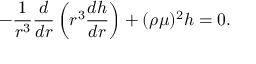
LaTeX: - \frac { 1 } { r ^ { 3 } } \frac { d } { d r } \left( r ^ { 3 } \frac { d h } { d r } \right) + ( \rho \mu ) ^ { 2 } h = 0 .